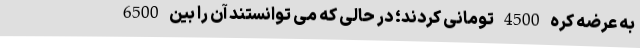
به عرضه کره 4500 تومانی کردند؛ در حالی که می توانستند آن را بین 6500